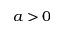
a > 0